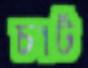
চার্ট